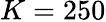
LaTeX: K=250